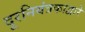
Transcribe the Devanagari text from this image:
दूरनियंत्रकाद्वारे